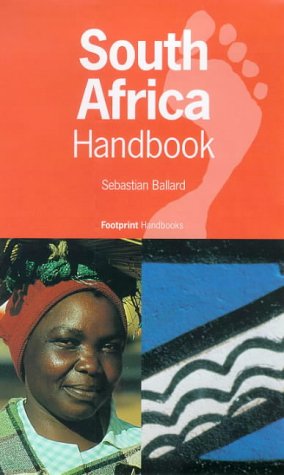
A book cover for South Africa Handbook (Footprint Handbooks); SEBASTIAN BALLARD; Travel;